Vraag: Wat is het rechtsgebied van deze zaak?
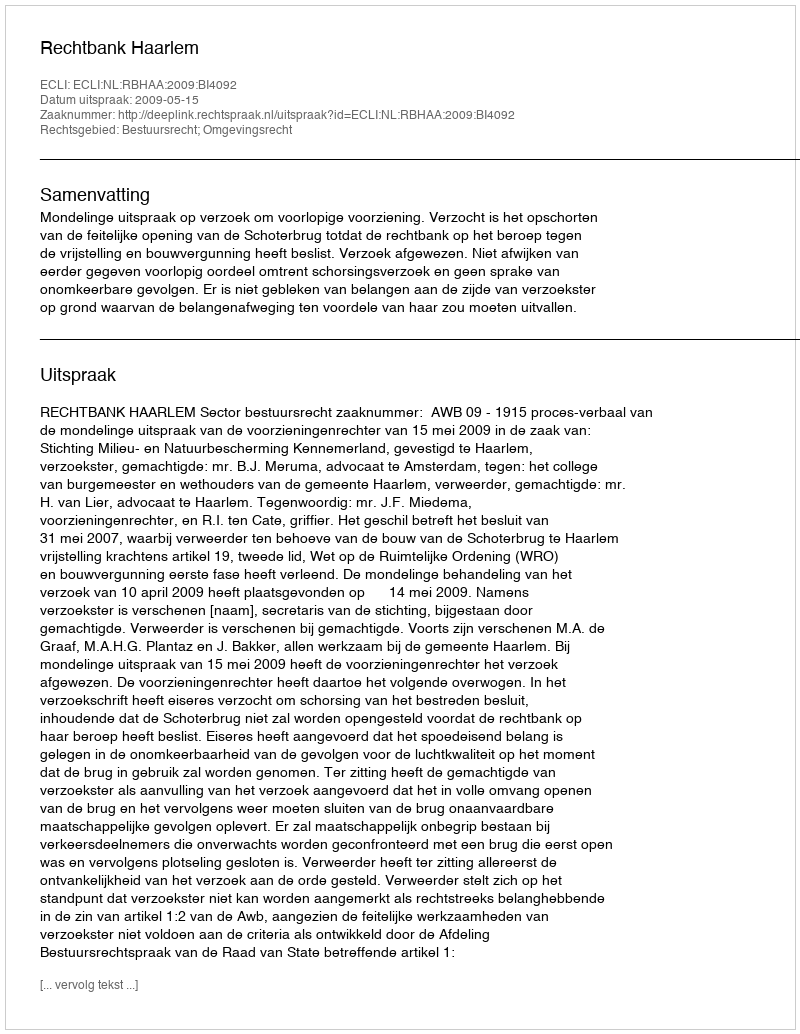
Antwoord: Bestuursrecht; Omgevingsrecht